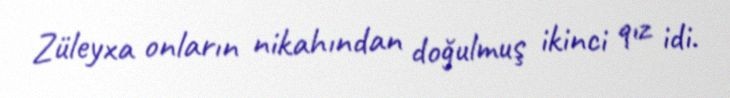
Züleyxa onların nikahından doğulmuş ikinci qız idi.